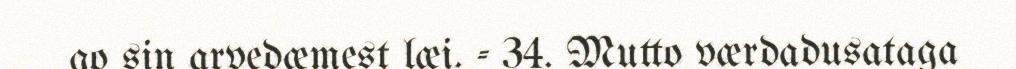
go sin arvedæmest læi. - 34. Mutto værdadusataga